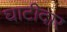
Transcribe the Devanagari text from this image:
घाटीदार